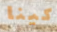
كينا